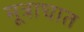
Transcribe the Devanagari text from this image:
मूत्राघात